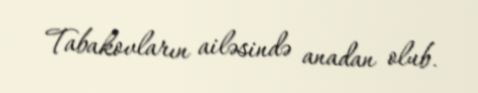
Tabakovların ailəsində anadan olub.